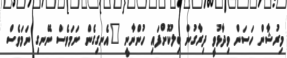
މިރުޝާން ހަސަން ވިދާޅުވީ ދިރާގުން ބިލުކޮށްފައި ހުންނާނީ "އެނގިގެން ނަމަވެސް ނޭނގި ނަމަވެސް